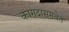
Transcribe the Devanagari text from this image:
कागदासमवेत